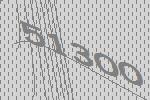
51300